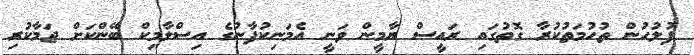
ފުލުހުން ތުހުމަތުކުރާ ގޮތުގައި ރައީސް ޔާމީން ވަނީ އެމަނިކުފާނުގެ އިސްލާމިކް ބޭންކަށް ޖަމާކުރި